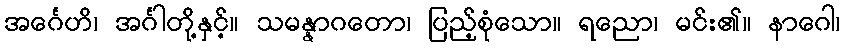
အင်္ဂေဟိ၊ အင်္ဂါတို့နှင့်။ သမန္နာဂတော၊ ပြည့်စုံသော။ ရညော၊ မင်း၏။ နာဂေါ၊